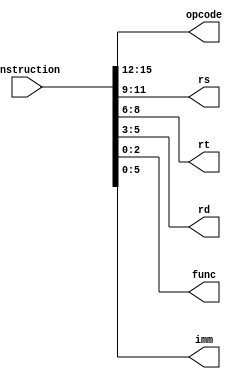
module instruction_decoder(opcode, rs, rt, rd, func, imm, instruction);

	input [15:0] instruction;
	output [3:0]opcode;
	output [2:0] rs, rt, rd, func;
	output [5:0] imm;
	
	
	buf buf15(opcode[3], instruction[15]);
	buf buf14(opcode[2], instruction[14]);
	buf buf13(opcode[1], instruction[13]);
	buf buf12(opcode[0], instruction[12]);
	buf buf11(rs[2], 	instruction[11]);
	buf buf10(rs[1], 	instruction[10]);
	buf buf9 (rs[0], 	instruction[9]);
	buf buf8 (rt[2], 	instruction[8]);
	buf buf7 (rt[1], 	instruction[7]);
	buf buf6 (rt[0], 	instruction[6]);
	buf buf5 (rd[2], 	instruction[5]);
	buf buf4 (rd[1], 	instruction[4]);
	buf buf3 (rd[0], 	instruction[3]);
	buf buf2 (func[2],instruction[2]);
	buf buf1 (func[1],instruction[1]);
	buf buf0 (func[0],instruction[0]);
	buf buf25 (imm[5], instruction[5]);
	buf buf24 (imm[4], instruction[4]);
	buf buf23 (imm[3], instruction[3]);
	buf buf22 (imm[2], instruction[2]);
	buf buf21 (imm[1], instruction[1]);
	buf buf20 (imm[0], instruction[0]);
	
	
endmodule